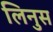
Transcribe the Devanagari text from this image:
लिनुस